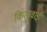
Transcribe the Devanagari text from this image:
किलुवाई